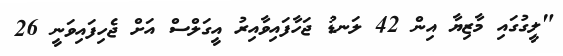
"ލީގުގައި މާޒިޔާ އިން 42 ލަނޑު ޖަހާފައިވާއިރު އީގަލްސް އަށް ޖެހިފައިވަނީ 26